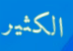
الكثير